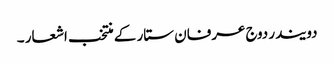
دویندر دوج عرفان ستار کے منتخب اشعار ۔